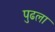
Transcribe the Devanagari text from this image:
पुढला